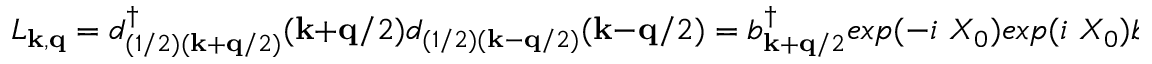
L _ { { \bf { k } } , { \bf { q } } } = d _ { ( 1 / 2 ) ( { \bf { k } } + { \bf { q } } / 2 ) } ^ { \dagger } ( { \bf { k } } + { \bf { q } } / 2 ) d _ { ( 1 / 2 ) ( { \bf { k } } - { \bf { q } } / 2 ) } ( { \bf { k } } - { \bf { q } } / 2 ) = b _ { { \bf { k } } + { \bf { q } } / 2 } ^ { \dagger } e x p ( - i \mathrm { ~ } X _ { 0 } ) e x p ( i \mathrm { ~ } X _ { 0 } ) b _ { { \bf { k } } - { \bf { q } } / 2 } = b _ { { \bf { k } } + { \bf { q } } / 2 } ^ { \dagger } b _ { { \bf { k } } - { \bf { q } } / 2 }